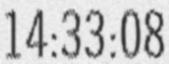
14:33:08